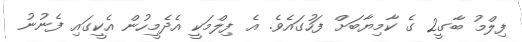
ފިލްމު ބާގީ2 ގެ ކާމިޔާބަށް ފަހުގައެވެ. އެ ފިލްމަކީ އެދެމީހުން އެކީގައި ފެނުނު